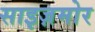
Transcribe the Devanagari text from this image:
साइज़मोर